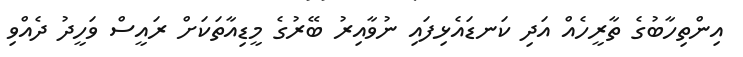
އިންތިހާބުގެ ތާރީހެއް އަދި ކަނޑައެޅިފައި ނުވާއިރު ބޭރުގެ މީޑިއާތަކަށް ރައީސް ވަހީދު ދެއްވި